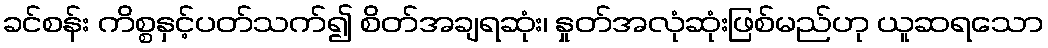
ခင်စန်း ကိစ္စနှင့်ပတ်သက်၍ စိတ်အချရဆုံး၊ နှုတ်အလုံဆုံးဖြစ်မည်ဟု ယူဆရသော